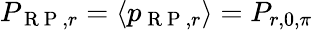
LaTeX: P_{\mathrm{~R~P~},r}=\langle p_{\mathrm{~R~P~},r}\rangle=P_{r,0,\pi}